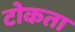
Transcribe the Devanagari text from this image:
टोकता